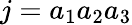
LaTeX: j=a_{1}a_{2}a_{3}